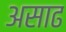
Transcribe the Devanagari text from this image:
असाढ